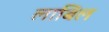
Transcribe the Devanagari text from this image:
लाबिल